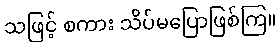
သဖြင့် စကား သိပ်မပြောဖြစ်ကြ။